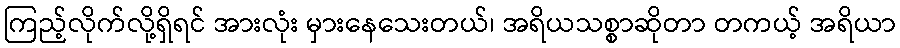
ကြည့်လိုက်လို့ရှိရင် အားလုံး မှားနေသေးတယ်၊ အရိယသစ္စာဆိုတာ တကယ့် အရိယာ